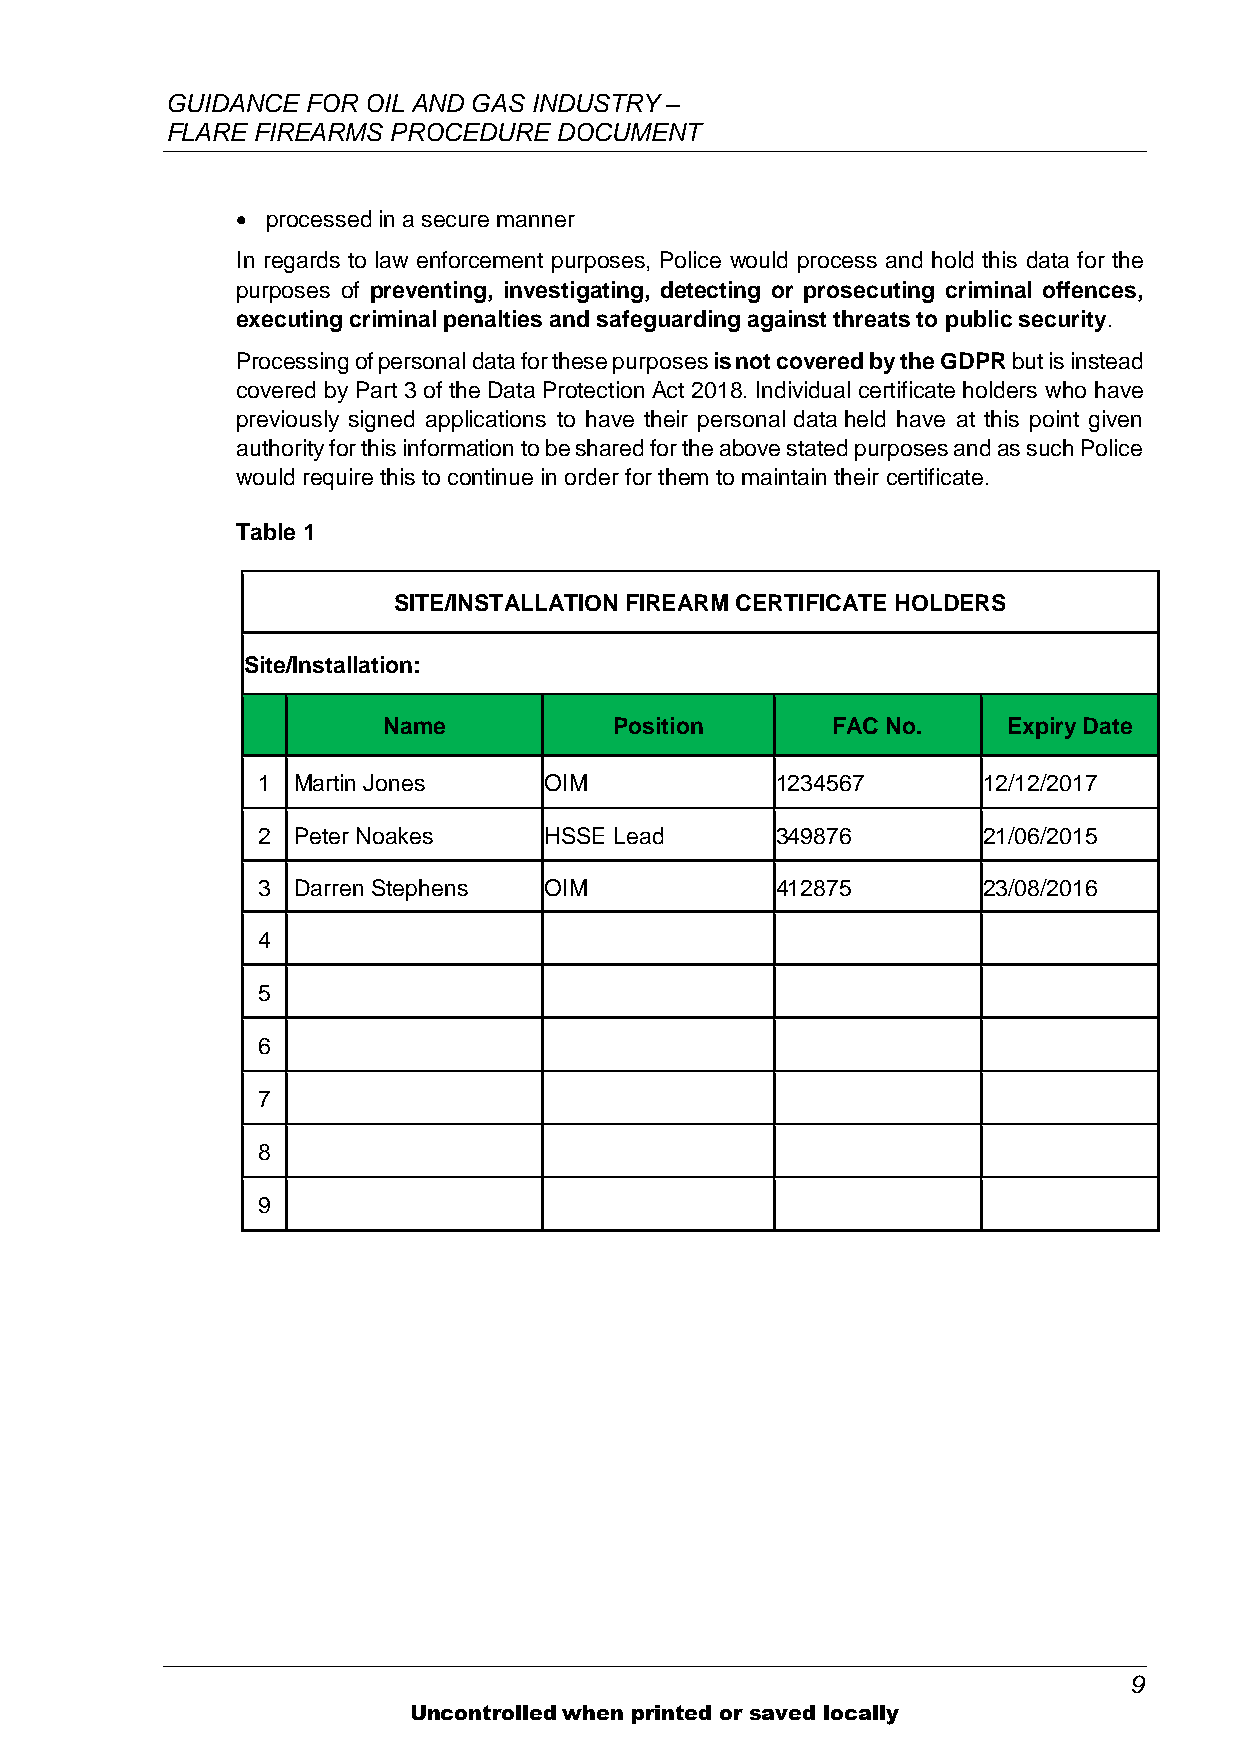
GUIDANCE FOR OIL AND GAS INDUSTRY –
 FLARE FIREARMS PROCEDURE  DOCUMENT
  processed in a secure manner
 In regards to law enforcement purposes, Police would process and hold this data for the
 purposes of preventing, investigating, detecting or prosecuting criminal offences,
 executing criminal penalties and safeguarding against threats to public security.
 Processing of personal data for these purposes is not covered by the GDPR but is instead
 covered by Part 3 of the Data Protection Act 2018. Individual certificate holders who have
 previously signed applications to have their personal data held have at this point given
 authority for this information to be shared for the above stated purposes and as such Police
 would require this to continue in order for them to maintain their certificate.
 Table 1
 SITE/INSTALLATION FIREARM CERTIFICATE HOLDERS
 Site/Installation:
 Name            Position      FAC No.     Expiry Date
 1 Martin Jones     OIM            1234567       12/12/2017
 2 Peter Noakes     HSSE Lead      349876        21/06/2015
 3 Darren Stephens  OIM            412875        23/08/2016
 4
 5
 6
 7
 8
 9
 9
 Uncontrolled when printed or saved locally